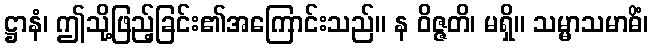
ဋ္ဌာနံ၊ ဤသို့ဖြည့်ခြင်း၏အကြောင်းသည်။ န ဝိဇ္ဇတိ၊ မရှိ။ သမ္မာသမာဓိံ၊